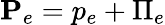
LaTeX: \textbf{P}_{e}=p_{e}+\Pi_{e}